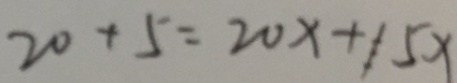
2 0 + 5 = 2 0 x + 1 5 x